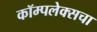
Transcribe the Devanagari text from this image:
कॉम्पलेक्सचा